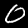
Label: 0